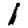
Digit: 1